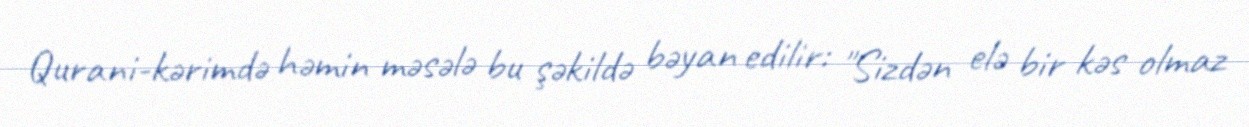
Qurani-kərimdə həmin məsələ bu şəkildə bəyan edilir: "Sizdən elə bir kəs olmaz